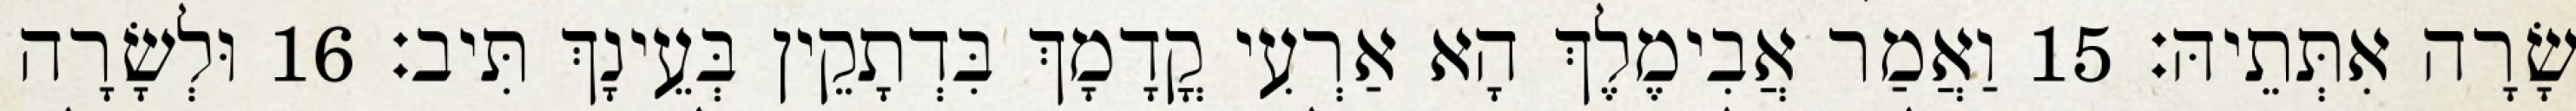
שָׂרָה אִתְּתֵיהּ׃ 15 וַאֲמַר אֲבִימֶלֶךְ הָא אַרְעִי קֳדָמָךְ בִּדְתָקֵין בְּעֵינָךְ תִּיב׃ 16 וּלְשָׂרָה